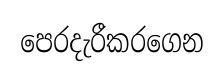
පෙරදැරීකරගෙන